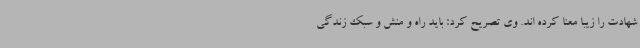
شهادت را زیبا معنا کرده اند. وی تصریح کرد: باید راه و منش و سبک زندگی